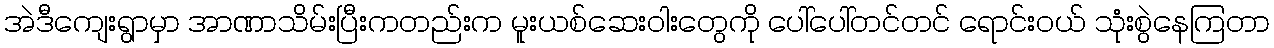
အဲဒီကျေးရွာမှာ အာဏာသိမ်းပြီးကတည်းက မူးယစ်ဆေးဝါးတွေကို ပေါ်ပေါ်တင်တင် ရောင်းဝယ် သုံးစွဲနေကြတာ